Report on vaccination in Madras 1877-1894 - 1877-1894
Year: 1877
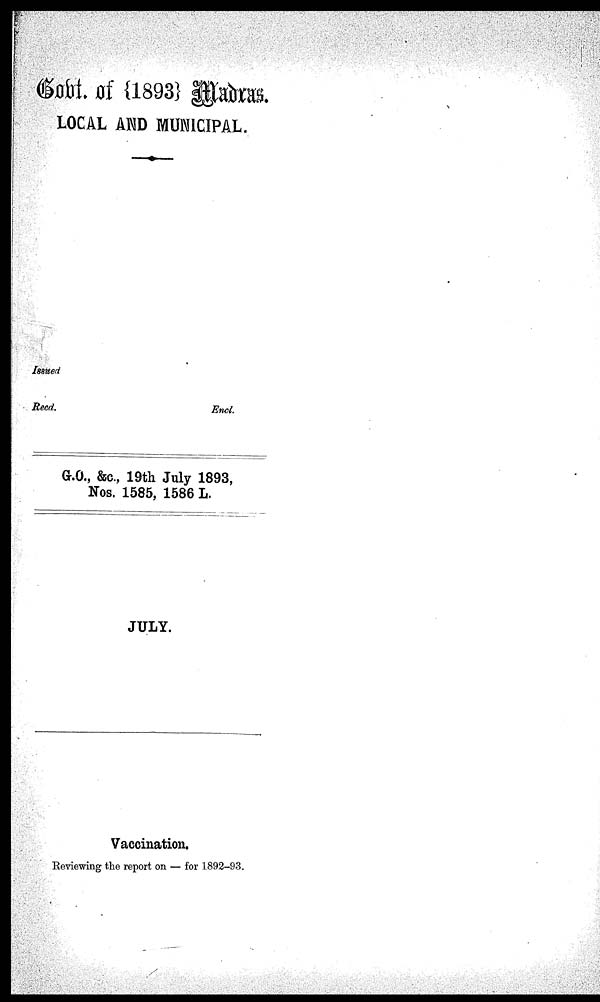
Govt. of {1893} Madras.
LOCAL AND MUNICIPAL.
Issued
Recd. Encl.
G.O., &c., 19th July 1893,
Nos. 1585, 1586 L.
JULY.
Vaccination.
Reviewing the report on — for 1892-93.